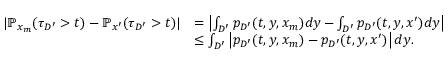
\begin{array} { r l } { | \mathbb { P } _ { x _ { m } } ( \tau _ { D ^ { \prime } } > t ) - \mathbb { P } _ { x ^ { \prime } } ( \tau _ { D ^ { \prime } } > t ) | } & { = \left| \int _ { D ^ { \prime } } p _ { D ^ { \prime } } ( t , y , x _ { m } ) d y - \int _ { D ^ { \prime } } p _ { D ^ { \prime } } ( t , y , x ^ { \prime } ) d y \right| } \\ & { \le \int _ { D ^ { \prime } } \left| p _ { D ^ { \prime } } ( t , y , x _ { m } ) - p _ { D ^ { \prime } } ( t , y , x ^ { \prime } ) \right| d y . } \end{array}